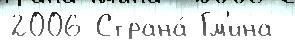
2006 Страна́ Гм'ина